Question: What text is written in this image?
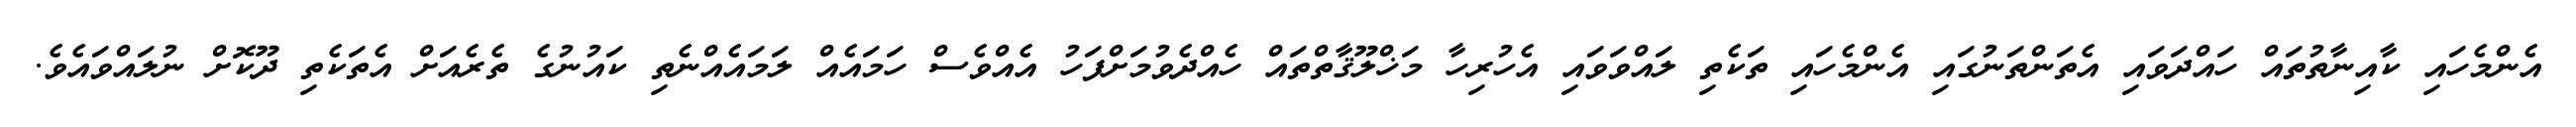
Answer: އެންމެހައި ކާއިނާތުތައް ހައްދަވައި އެތަންތަނުގައި އެންމެހައި ތަކެތި ލައްވަވައި އެހުރިހާ މަޚްލޫޤާތްތައް ހެއްދެވުމަށްފަހު އެއްވެސް ހަމައެއް ލަމައެއްނެތި ކައުނުގެ ތެރެއަށް އެތަކެތި ދޫކޮށް ނުލައްވައެވެ.